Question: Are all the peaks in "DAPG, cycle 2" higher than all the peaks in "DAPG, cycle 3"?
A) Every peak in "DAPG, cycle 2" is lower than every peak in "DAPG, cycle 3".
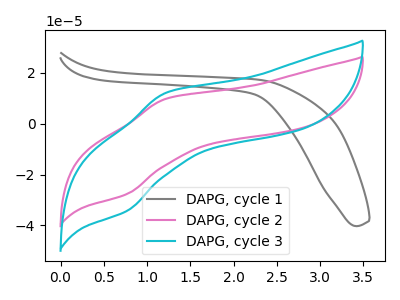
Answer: <think>The gray curve "DAPG, cycle 1" has no peaks. The pink curve "DAPG, cycle 2" has an anodic peak at (1.20V, 9.80uA) and a cathodic peak at (0.75V, -27.55uA). The cyan curve "DAPG, cycle 3" has an anodic peak at (1.20V, 12.15uA) and a cathodic peak at (0.75V, -34.20uA).</think>
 <answer>A) Every peak in "DAPG, cycle 2" is lower than every peak in "DAPG, cycle 3".</answer>
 <eval>A</eval>